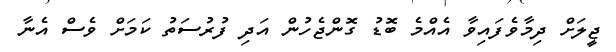
ޖީލަށް ދިމާވެފައިވާ އެއްމެ ބޮޑު ގޮންޖެހުން އަދި ފުރުސަތު ކަަމަށް ވެސް އެނާ